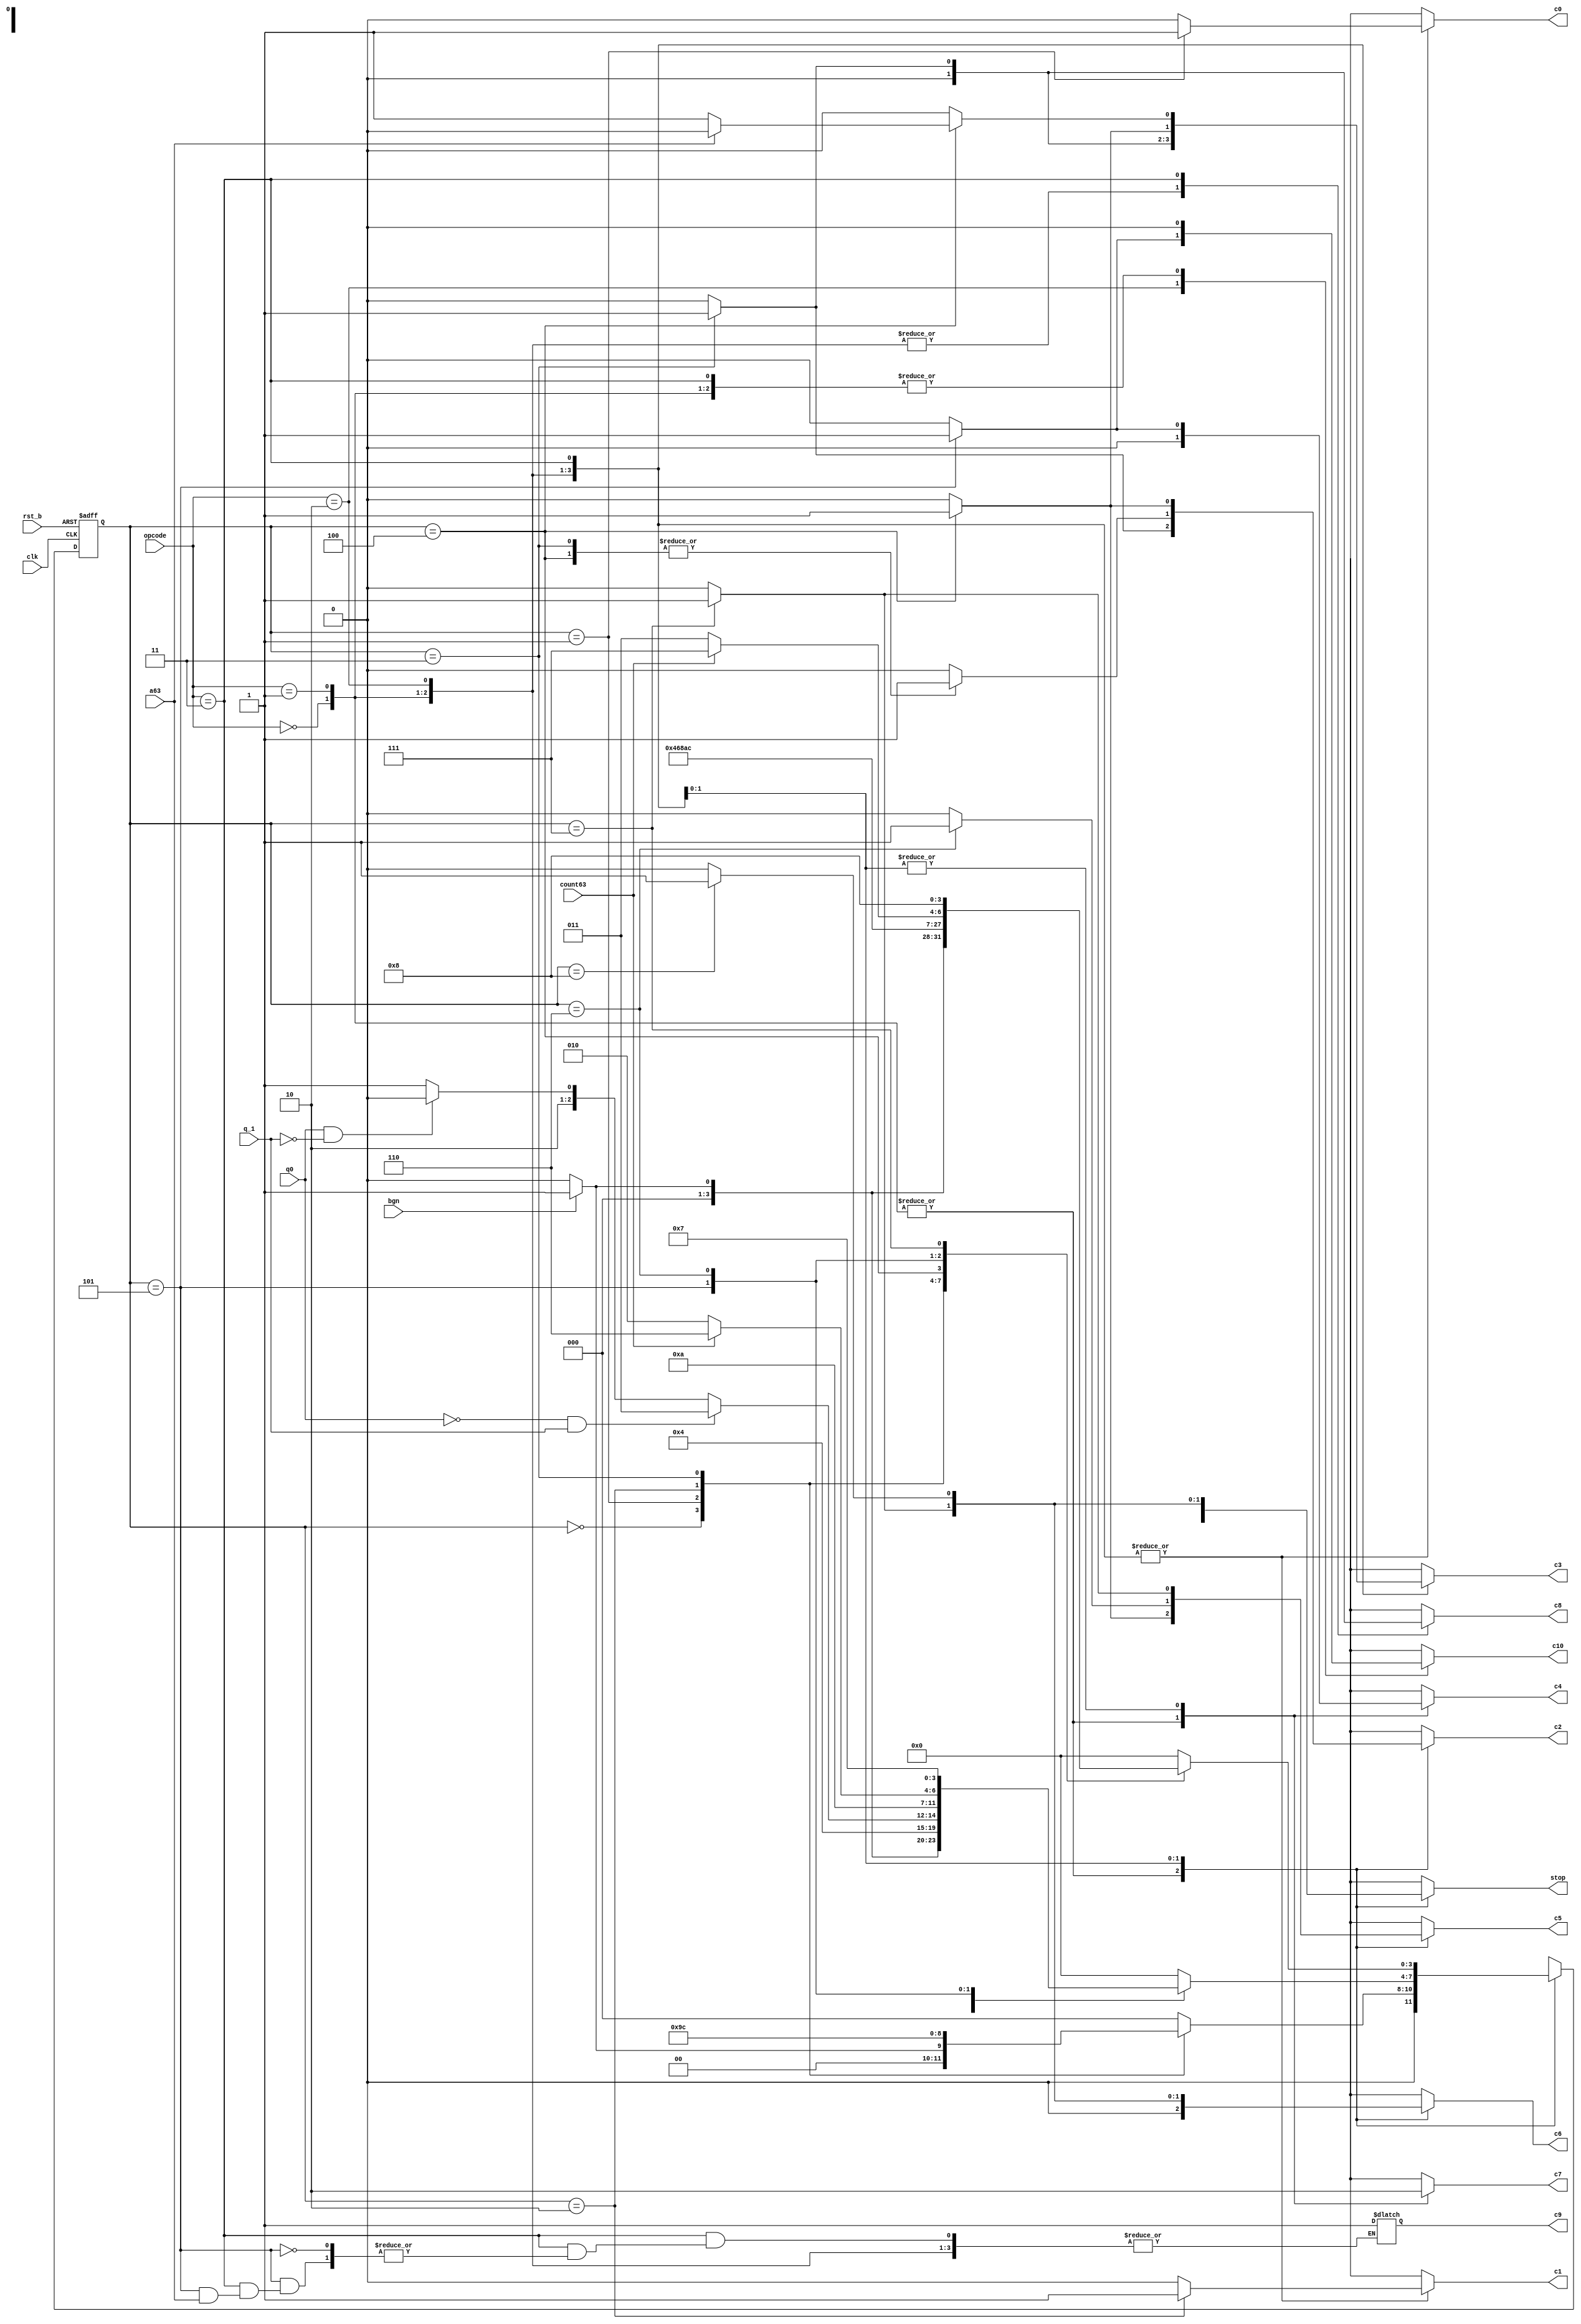
module control_unit(
  input clk,
  input rst_b,
  input bgn,
  input [1:0]opcode,
  input q_1,
  input q0,
  input a63,
  input count63,
  output reg c0,
  output reg c1,
  output reg c2,
  output reg c3,
  output reg c4,
  output reg c5,
  output reg c6,
  output reg c7,
  output reg c8,
  output reg c9,
  output reg c10,
  output reg stop
  //output reg[2:0]st
);

  localparam ADDITION = 2'b00;
  localparam SUBSTRACTION = 2'b01;
  localparam MULTIPLICATION = 2'b10;
  localparam DIVISION = 2'b11;

  localparam S0 = 4'b0000;
  
  localparam S1_A = 4'b0001;
  localparam S2_A = 4'b0010;
  localparam S3_A = 4'b0011;
  localparam S4_A = 4'b0100;
  
  localparam S1_S = 4'b0001;
  localparam S2_S = 4'b0010;
  localparam S3_S = 4'b0011;
  localparam S4_S = 4'b0100;
  
  localparam S1_M = 4'b0001;
  localparam S2_M = 4'b0010;
  localparam S3_M = 4'b0011;
  localparam S4_M = 4'b0100;
  localparam S5_M = 4'b0101;
  localparam S6_M = 4'b0110;
  localparam S7_M = 4'b0111;
  
  localparam S1_D = 4'b0001;
  localparam S2_D = 4'b0010;
  localparam S3_D = 4'b0011;
  localparam S4_D = 4'b0100;
  localparam S5_D = 4'b0101;
  localparam S6_D = 4'b0110;
  localparam S7_D = 4'b0111;
  localparam S8_D = 4'b1000;

  reg [3:0] st;
  reg [3:0] st_nxt;
  
  initial begin
    st <= S0;
  end
  
  always@(*) begin
    stop = 0;
    c0 = 0;
    c1 = 0;
    c2 = 0;
    c3 = 0;
    c4 = 0;
    c5 = 0;
    c6 = 0;
    c7 = 0;
    c8 = 0;
    c10 = 0;
    case(opcode)
      ADDITION:
      begin
        c7 = 1;
        case(st)
        S0: 
        begin 
          if(bgn) 
            st_nxt = S1_A;
          else 
            st_nxt = S0;
        end
        S1_A:
        begin
          c0 = 1;
          st_nxt = S2_A;
        end
        S2_A:
        begin
          c1 = 1;
          st_nxt = S3_A;
        end
        S3_A:
        begin
          c2 = 1;
          st_nxt = S4_A;
        end
        S4_A:
        begin
          c5 = 1;
          stop = 1;
          st_nxt = S0;
        end
        default:
          st_nxt = S0;
        endcase
      end
      SUBSTRACTION:
      begin
        c7 = 1;
        case(st)
        S0: 
        begin 
          if(bgn) 
            st_nxt = S1_S;
          else 
            st_nxt = S0;
        end
        S1_S:
        begin
          c0 = 1;
          st_nxt = S2_S;
        end
        S2_S:
        begin
          c1 = 1;
          st_nxt = S3_S;
        end
        S3_S:
        begin
          c2 = 1;
          c3 = 1;
          st_nxt = S4_S;
        end
        S4_S:
        begin
          c5 = 1;
          stop = 1;
          st_nxt = S0;
        end
        default:
          st_nxt = S0;
        endcase
      end
      MULTIPLICATION:
      begin
        case(st)
        S0: 
        begin 
          if(bgn) 
            st_nxt = S1_M;
          else 
            st_nxt = S0;
          end
        S1_M:
        begin
          c0 = 1;
          st_nxt = S2_M;
        end 
        S2_M: 
        begin 
          c1 = 1; 
          if(q0 == 0 && q_1 == 1)
            st_nxt = S3_M;
          else if(q0 == 1 && q_1 == 0) 
            st_nxt = S4_M;
          else 
            st_nxt = S5_M;   
        end
        S3_M: 
        begin
          c2 = 1;
          st_nxt = S5_M;
        end
        S4_M: 
        begin
          c2 = 1;
          c3 = 1;
          st_nxt = S5_M;
        end
        S5_M:
        begin
          c4 = 1;
          c10 = 1;
          if(count63 == 0)
            st_nxt = S2_M;
          else 
            st_nxt = S6_M;
        end    
        S6_M: 
        begin
          c5 = 1;
          st_nxt = S7_M;
        end  
        S7_M:
        begin
          c6 = 1;
          stop = 1;
          st_nxt = S0;
        end
        default:
          st_nxt = S0;
        endcase
      end
      DIVISION:
      begin
        case(st)
        S0: 
        begin 
          if(bgn) 
            st_nxt = S1_S;
          else 
            st_nxt = S0;
        end
        S1_D:
        begin
          c0 = 1;
          st_nxt = S2_S;
        end
        S2_D:
        begin
          c1 = 1;
          st_nxt = S3_S;
        end
        S3_D:
        begin
          c8 = 1;
          st_nxt = S4_D;
        end
        S4_D:
        begin
          if(a63)
            c2 = 1;
          else
          begin
            c2 = 1;
            c3 = 1;
          end
          st_nxt = S5_D;
        end
        S5_D:
        begin
          c4 = 1;
          if(!a63)
            c9 = 1;
          st_nxt = S6_D;
        end
        S6_D:
        begin
          if(!count63)
            st_nxt = S3_D;
          else
            st_nxt = S7_D;
        end
        S7_D:
        begin
          c5 = 1;
          st_nxt = S8_D;
        end
        S8_D:
        begin
          c6 = 1;
          stop = 1;
          st_nxt = S0;
        end
        default:
          st_nxt = S0;
      endcase
    end
    endcase
  end

  always@(posedge clk or negedge rst_b) begin
    if(!rst_b)
      st <= S0;
    else 
      st <= st_nxt;
  end

endmodule